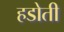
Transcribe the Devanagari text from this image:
हडोती